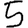
Digit: 5